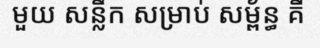
មួយ សន្លឹក សម្រាប់ សម្ព័ន្ធ គឺ